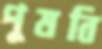
পুষবি